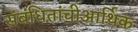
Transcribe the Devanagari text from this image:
संबंधितांचीआर्थिक